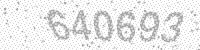
Solution: 640693